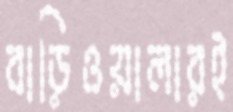
বাড়িওয়ালারই